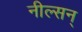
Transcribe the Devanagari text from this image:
नील्सन्